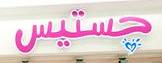
جستيس